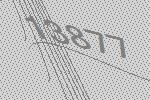
13877